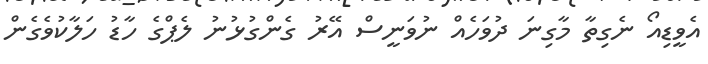
އެވީޑިއޯ ނެގިތާ މާގިނަ ދުވަހެއް ނުވަނީސް އޭރު ގެންގުޅުނު ލެޕްގެ ހާޑު ހަލާކުވެގެން